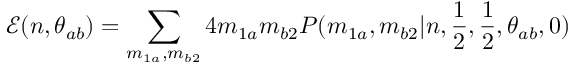
\mathcal { E } ( n , \theta _ { a b } ) = \sum _ { m _ { 1 a } , m _ { b 2 } } 4 m _ { 1 a } m _ { b 2 } P ( m _ { 1 a } , m _ { b 2 } | n , \frac { 1 } { 2 } , \frac { 1 } { 2 } , \theta _ { a b } , 0 )